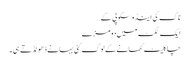
ناک کی اینڈوسکوپی کے…
ایک ٹکٹ میں دو مزے
چاکلیٹ کھانے کے لوگ کئی بہانے ڈھونڈتے ہی۔